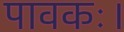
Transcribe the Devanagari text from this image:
पावकः।